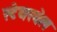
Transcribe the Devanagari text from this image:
स्टेयरवेल